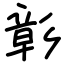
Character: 彰